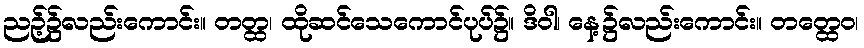
ညဉ့်၌လည်းကောင်း။ တတ္ထ၊ ထိုဆင်သေကောင်ပုပ်၌။ ဒိဝါ၊ နေ့၌လည်းကောင်း။ တတ္ထေဝ၊